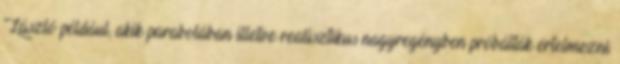
László például, akik parabolában illetve realisztikus nagyregényben próbálták értelmezni